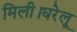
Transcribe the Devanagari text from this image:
मिली।घरेलू